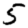
Digit: 5